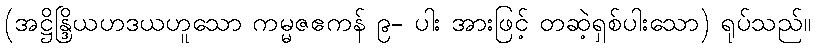
(အဋ္ဌိန္ဒြိယဟဒယဟူသော ကမ္မဇဧကန် ၉- ပါး အားဖြင့် တဆဲ့ရှစ်ပါးသော) ရုပ်သည်။